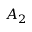
A _ { 2 }